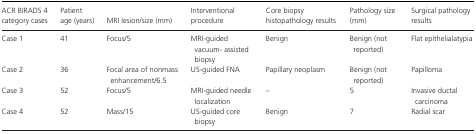
| ACR BIRADS 4 category cases | Patient age (years) | MRI lesion/size (mm) | Interventional procedure | Core biopsy histopathology results | Pathology size (mm) | Surgical pathology results |
 | --- | --- | --- | --- | --- | --- | --- |
 | Case 1 | 41 | Focus/5 | MRI‐guided vacuum‐ assisted biopsy | Benign | Benign (not reported) | Flat epithelialatypia |
 | Case 2 | 36 | Focal area of nonmass enhancement/6.5 | US‐guided FNA | Papillary neoplasm | Benign (not reported) | Papilloma |
 | Case 3 | 52 | Focus/5 | MRI‐guided needle localization | – | 5 | Invasive ductal carcinoma |
 | Case 4 | 52 | Mass/15 | US‐guided core biopsy | Benign | 7 | Radial scar |